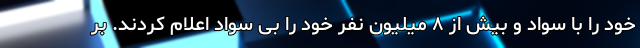
خود را با سواد و بیش از ۸ میلیون نفر خود را بی سواد اعلام کردند. بر